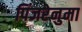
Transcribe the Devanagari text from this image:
पिंजरेनुमा